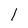
Character: l